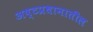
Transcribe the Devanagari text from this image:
अष्टप्रधानातील